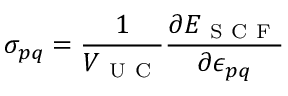
\sigma _ { p q } = \frac { 1 } { V _ { \mathrm { ~ U ~ C ~ } } } \frac { \partial E _ { \mathrm { ~ S ~ C ~ F ~ } } } { \partial \epsilon _ { p q } }